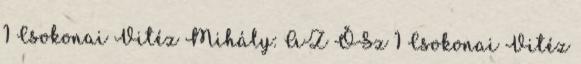
1 Csokonai Vitéz Mihály: AZ ŐSz 1 Csokonai Vitéz